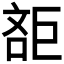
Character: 𣁔